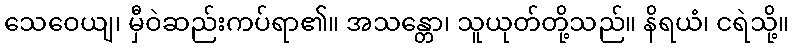
သေဝေယျ၊ မှီဝဲဆည်းကပ်ရာ၏။ အသန္တော၊ သူယုတ်တို့သည်။ နိရယံ၊ ငရဲသို့။